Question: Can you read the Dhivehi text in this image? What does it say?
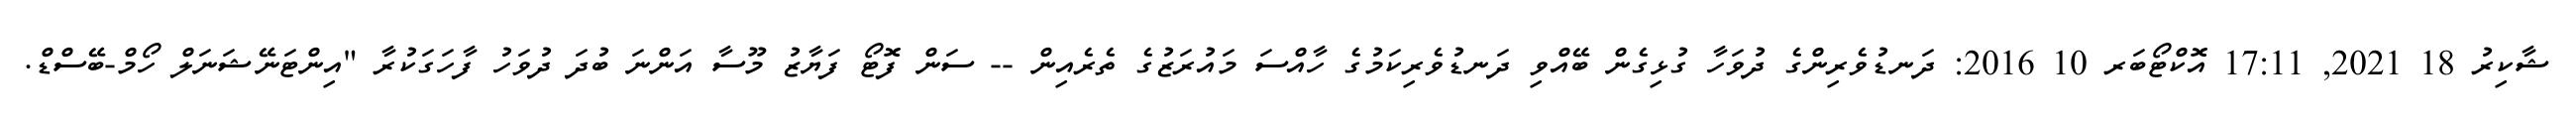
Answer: ޝާކިރު 18 2021, 17:11 އޮކްޓޯބަރ 10 2016: ދަނޑުވެރިންގެ ދުވަހާ ގުޅިގެން ބޭއްވި ދަނޑުވެރިކަމުގެ ހާއްސަ މައުރަޒުގެ ތެރެއިން -- ސަން ފޮޓޯ ފަޔާޒު މޫސާ އަންނަ ބުދަ ދުވަހު ފާހަގަކުރާ "އިންޓަނޭޝަނަލް ހޯމް-ބޭސްޑް.